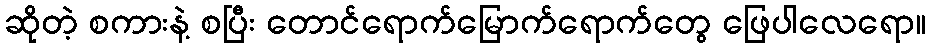
ဆိုတဲ့ စကားနဲ့ စပြီး တောင်ရောက်မြောက်ရောက်တွေ ဖြေပါလေရော။